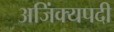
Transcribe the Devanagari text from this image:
अजिंक्यपदी